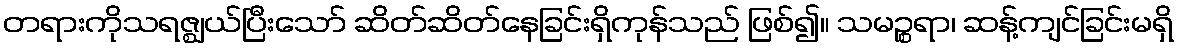
တရားကိုသရဇ္ဈယ်ပြီးသော် ဆိတ်ဆိတ်နေခြင်းရှိကုန်သည် ဖြစ်၍။ သမဉ္စရာ၊ ဆန့်ကျင်ခြင်းမရှိ